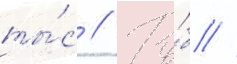
ты́с // Ру́б //